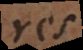
res